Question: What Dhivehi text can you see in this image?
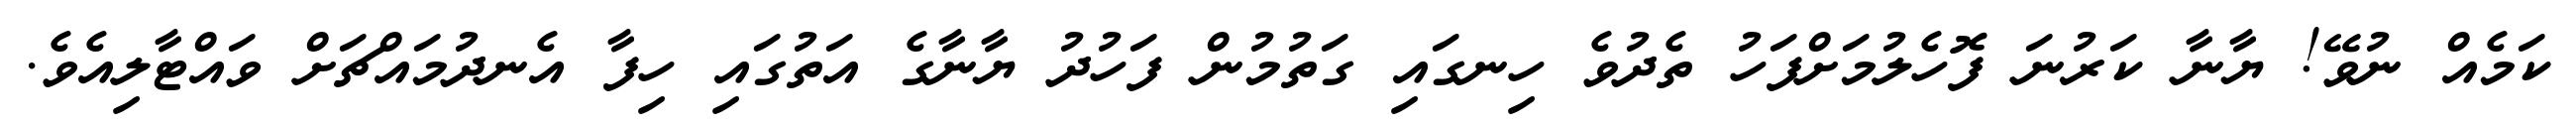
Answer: ކަމެއް ނުވޭ! ޔާނާ ކަރުނަ ފޮހެލުމަށްފަހު ތެދުވެ ހިނގައި ގަތުމުން ފަހުދު ޔާނާގެ އަތުގައި ހިފާ އެނދުމައްޗަށް ވައްޓާލިއެވެ.